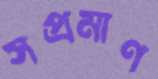
সপ্রমাণ